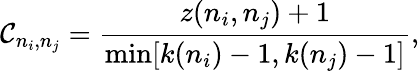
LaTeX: \mathcal{C}_{n_{i},n_{j}}=\frac{{z(n_{i},n_{j})+1}}{{\operatorname*{min}[k(n_{i})-1,k(n_{j})-1]}},